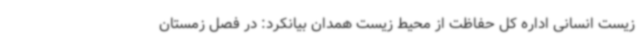
زیست انسانی اداره کل حفاظت از محیط زیست همدان بیانکرد: در فصل زمستان